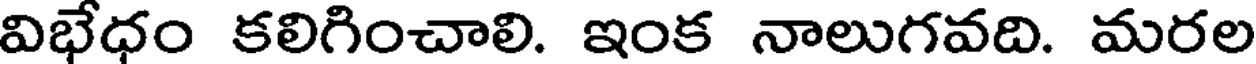
విభేధం కలిగించాలి. ఇంక నాలుగవది. మరల